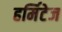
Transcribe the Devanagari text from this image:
हर्मिटेज